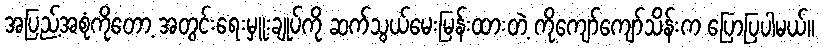
အပြည့်အစုံကိုတော့ အတွင်းရေးမှူးချုပ်ကို ဆက်သွယ်မေးမြန်းထားတဲ့ ကိုကျော်ကျော်သိန်းက ပြောပြပါမယ်။